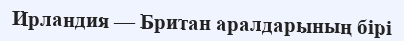
Ирландия — Британ аралдарының бірі